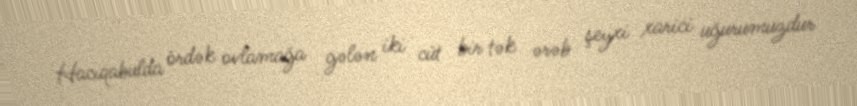
Hacıqabulda ördək ovlamağa gələn iki cüt bir tək ərəb şeyxi xarici uğurumuzdur